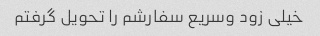
خیلی زود وسریع سفارشم را تحویل گرفتم